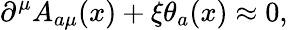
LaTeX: \partial^{\mu}A_{a\mu}(x)+\xi\theta_{a}(x)\approx 0,